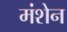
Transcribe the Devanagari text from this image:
मंशेन